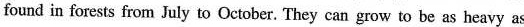
found in forests from July to October. They can grow to be as heavy as